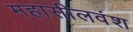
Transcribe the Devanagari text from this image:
महासीलवंश